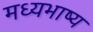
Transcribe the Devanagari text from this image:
मध्यभाष्य